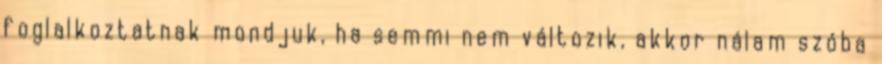
foglalkoztatnak mondjuk, ha semmi nem változik, akkor nálam szóba